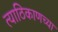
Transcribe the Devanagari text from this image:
त्याठिकाणच्या